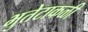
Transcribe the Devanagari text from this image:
भुतेटाकळी